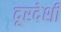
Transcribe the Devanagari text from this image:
दूरदेशी